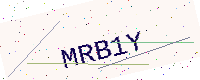
Text: MRB1Y